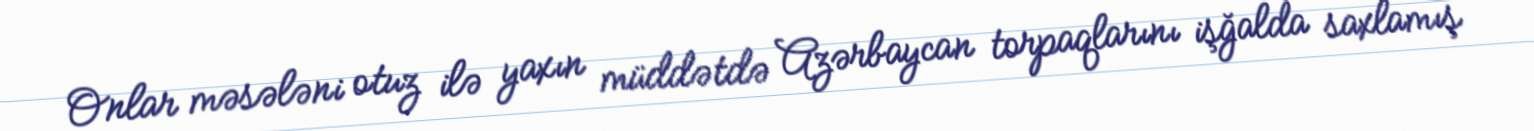
Onlar məsələni otuz ilə yaxın müddətdə Azərbaycan torpaqlarını işğalda saxlamış